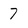
Character: 7